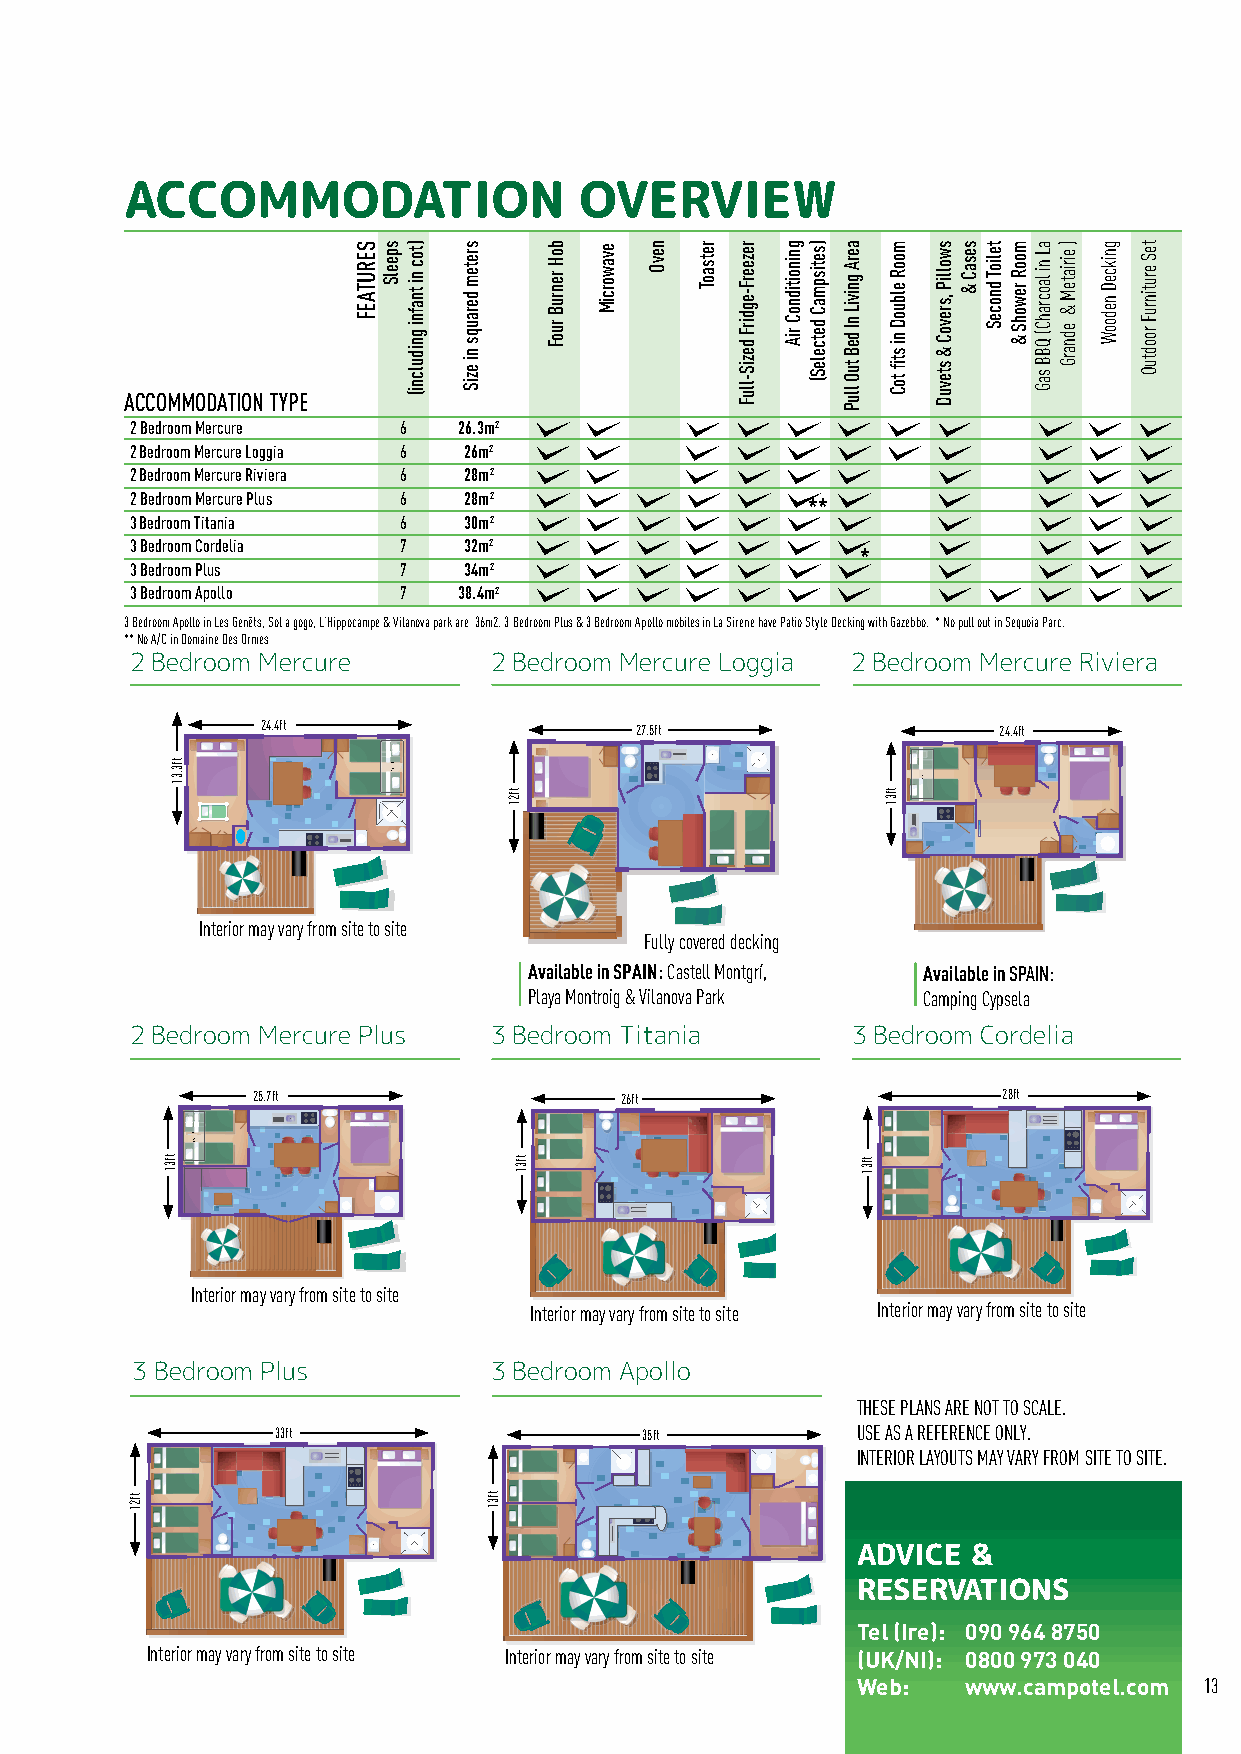
ACCOMMODATION                 OVERVIEW
 ACCOMMODATION TYPE
 2 Bedroom Mercure 6  26.3m2
 2 Bedroom Mercure Loggia 6 26m2
 2 Bedroom Mercure Riviera 6 28m2
 2 Bedroom Mercure Plus 6 28m2
 **
 3 Bedroom Titania 6   30m2
 3 Bedroom Cordelia 7  32m2
 *
 3 Bedroom Plus   7    34m2
 3 Bedroom Apollo 7   38.4m2
 3 Bedroom Apollo in Les Genêts, Sol a gogo, L’Hippocampe & Vilanova park are 36m2. 3 Bedroom Plus & 3 Bedroom Apollo mobiles in La Sirene have Patio Style Decking with Gazebbo. * No pull out in Sequoia Parc.
 ** No A/C in Domaine Des Ormes
 2 Bedroom Mercure      2 Bedroom Mercure Loggia 2 Bedroom Mercure Riviera
 24.4ft                   27.5ft                  24.4ft
 Interior may vary from site to site
 Fully covered decking
 Available in SPAIN: Castell Montgrí, Available in SPAIN:
 Playa Montroig & Vilanova Park Camping Cypsela
 2 Bedroom Mercure Plus 3 Bedroom Titania       3 Bedroom Cordelia
 25.7ft                  26ft                     28ft
 Interior may vary from site to site
 Interior may vary from site to site Interior may vary from site to site
 3 Bedroom Plus         3 Bedroom Apollo
 THESE PLANS ARE NOT TO SCALE.
 33ft                    35ft           USE AS A REFERENCE ONLY.
 INTERIOR LAYOUTS MAY VARY FROM SITE TO SITE.
 ADVICE &
 RESERVATIONS
 Tel (Ire): 090 964 8750
 Interior may vary from site to site Interior may vary from site to site (UK/NI): 0800 973 040
 Web:   www.campotel.com 13
 tf21
 tf31
 tf3.31
 SERUTAEF speelS )toc
 ni tnafni
 gnidulcni(
 sretem
 derauqs
 ni
 eziS
 tf31
 tf21
 tf31
 boH
 renruB
 ruoF
 evaworciM nevO retsaoT rezeerF-egdirF
 deziS-lluF
 gninoitidnoC
 riA
 )setispmaC
 detceleS(
 aerA
 gniviL
 nI deB
 tuO
 lluP
 tf31
 mooR
 elbuoD
 ni
 stfi
 toC
 tf31
 swolliP
 ,srevoC
 &
 stevuD
 sesaC
 &
 telioT
 dnoceS
 mooR
 rewohS
 &
 aL
 ni laocrahC(
 QBB
 saG
 ) eiriateM
 &
 ednarG
 gnikceD
 nedooW
 teS
 erutinruF
 roodtuO